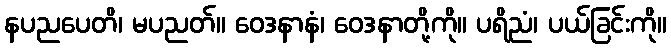
နပညပေတိ၊ မပညတ်။ ဝေဒနာနံ၊ ဝေဒနာတို့ကို။ ပရိညံ၊ ပယ်ခြင်းကို။